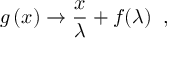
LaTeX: g \left( x \right) \rightarrow \frac { x } { \lambda } + f ( \lambda ) \; \; ,